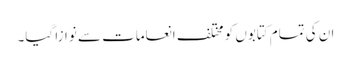
ان کی تمام کتابوں کو مختلف انعامات سے نوازا گیا۔